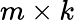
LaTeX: m\times k